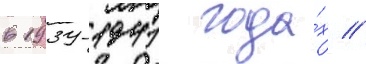
в 1939-1941 года́х //